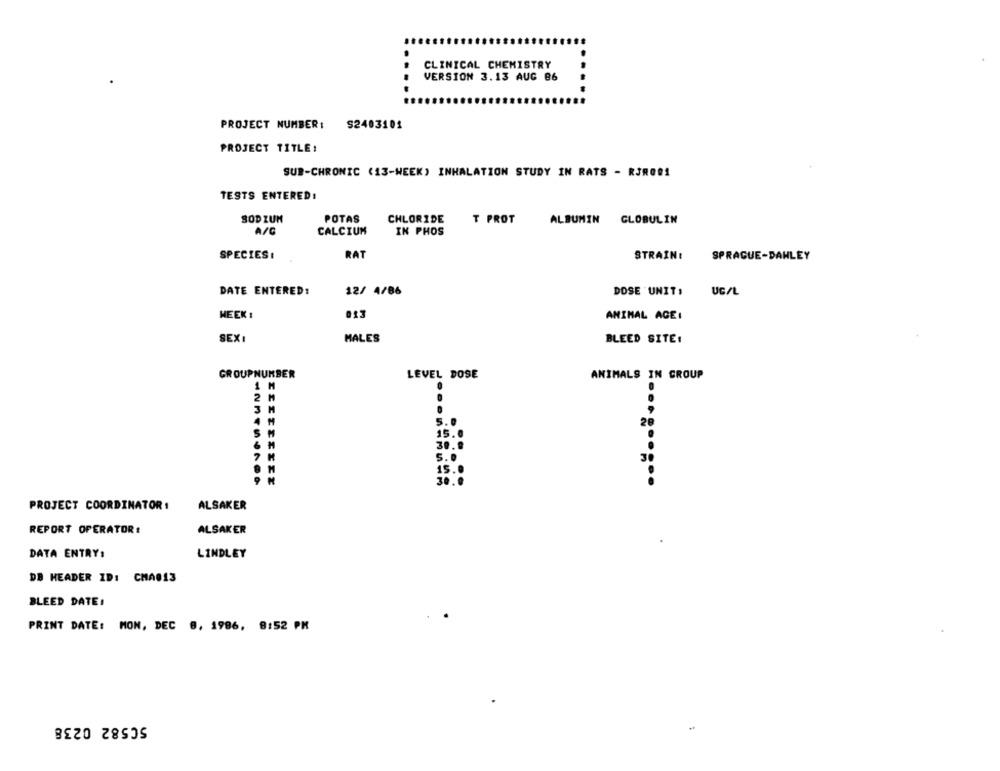
CLINICAL CHEMISTRY
VERSION 3.13 AUG 86
PROJECT NUMBER: S2403101
PROJECT TITLE:
SUB-CHRONIC (13-WEEK) INHALATION STUDY IN RATS - RJR001
TESTS ENTERED:
SODIUM
POTAS
CHLORIDE
T PROT
ALBUMIN GLOBULIN
A/C
CALCIUM
IN PHOS
SPECIES :
RAT
STRAIN:
SPRAGUE-DAWLEY
DATE ENTERED:
12/ 4/86
DOSE UNIT ,
UG/L
WEEK :
013
ANIMAL AGE:
SEXI
MALES
BLEED SITE:
GROUPNUMBER
LEVEL DOSE
ANIMALS IN GROUP
1
2
M
3 M
30
PROJECT COORDINATOR !
ALSAKER
REPORT OPERATOR:
ALSAKER
DATA ENTRY:
LINDLEY
DB HEADER ID: CHA013
BLEED DATE:
PRINT DATE: MON, DEC 8, 1986, 8:52 PM
50582 0238